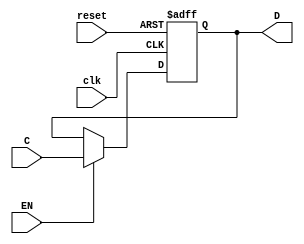
// Electrnica digital
// Valerie Valdez 19659

//                             Laboratorio #09
//                              Ejercicio 01



// Flip Flop D 1 bit

module FFD(input wire clk, EN, reset, input wire C, output reg D);
  always @ (posedge clk, posedge reset) begin

// Non-blockinf assigment
    if(reset) // Colocar todos los valores en 0
      D <= 1'b0;

    else if(EN == 1) // Enabled encendido cuenta cuenta cada flanco del reloj
      D <= C;
  end
endmodule




// Flip Flop 2 bits

module FFD2(input wire clk, EN, reset, input wire [1:0]C, output [1:0]D);

  FFD A1(clk, EN, reset, C[0], D[0]);
  FFD A2(clk, EN, reset, C[1], D[1]);

endmodule



// Flip Flop 4 bits

module FFD4(input wire clk, EN, reset, input wire [3:0]C, output [3:0]D);

    FFD2 B1(clk, EN, reset, C[3:2], D[3:2]);
    FFD2 B2(clk, EN, reset, C[1:0], D[1:0]);

endmodule